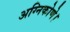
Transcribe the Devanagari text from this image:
अग्निकोणे।